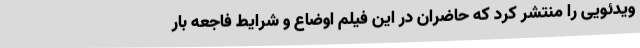
ویدئویی را منتشر کرد که حاضران در این فیلم اوضاع و شرایط فاجعه بار